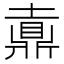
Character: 𪔄